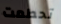
تحطمت